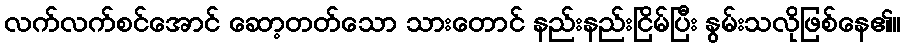
လက်လက်စင်အောင် ဆော့တတ်သော သားတောင် နည်းနည်းငြိမ်ပြီး နွမ်းသလိုဖြစ်နေ၏။